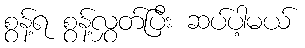
စွန့်ရ စွန့်လွှတ်ပြီး ဆပ်ပါ့မယ်